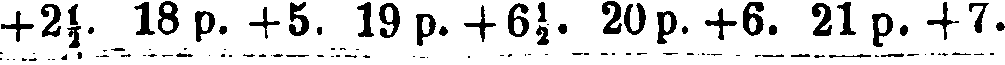
+2½, 18p. +5. 19 p. -!-6½. 20 p. +6. A 21 p. +7.